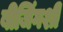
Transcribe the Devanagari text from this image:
बीजिंगशी